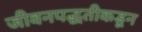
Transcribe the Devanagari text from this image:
जीवनपद्धतीकडून